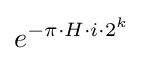
e^{-\pi \cdot H\cdot i\cdot 2^{k}}